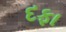
દફા